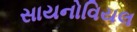
સાયનોવિયલ